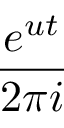
\frac { e ^ { u t } } { 2 \pi i }